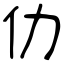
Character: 仂